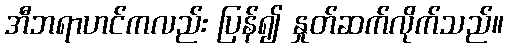
အီဘရာဟင်ကလည်း ပြန်၍ နှုတ်ဆက်လိုက်သည်။